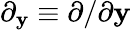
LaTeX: \partial_{\mathbf{y}}\equiv\partial/\partial\mathbf{y}